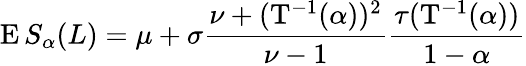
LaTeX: \operatorname{E}S_{\alpha}(L)=\mu+\sigma{\frac{\nu+(\mathrm{T}^{-1}(\alpha))^{2}}{\nu-1}}{\frac{\tau(\mathrm{T}^{-1}(\alpha))}{1-\alpha}}